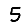
Digit: 5